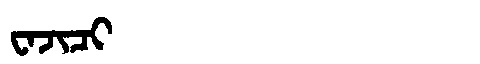
Manchu: ᠸᠠᠵᡳᠴᡳ
Romanization: WAJICI